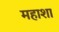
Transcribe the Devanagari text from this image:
महाशा